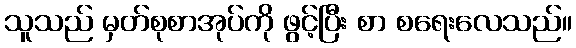
သူသည် မှတ်စုစာအုပ်ကို ဖွင့်ပြီး စာ စရေးလေသည်။